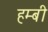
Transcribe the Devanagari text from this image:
हम्बी